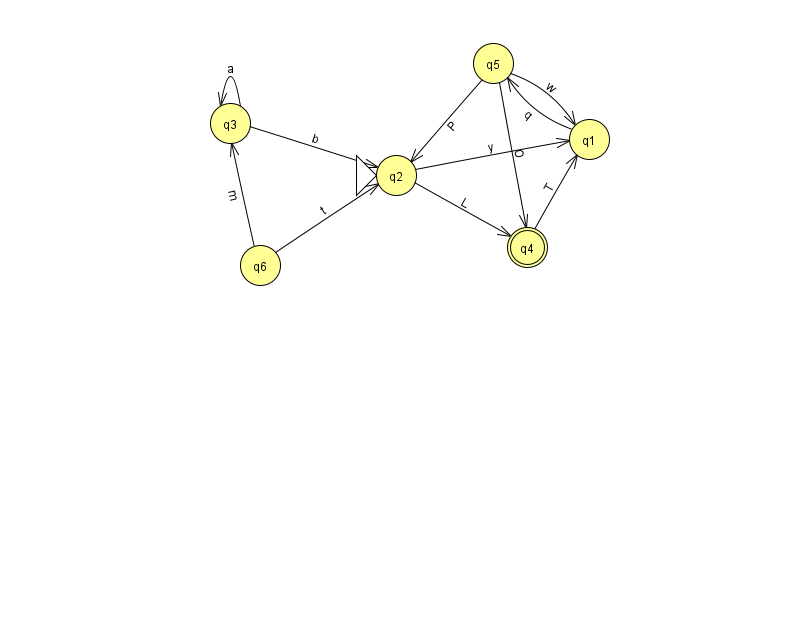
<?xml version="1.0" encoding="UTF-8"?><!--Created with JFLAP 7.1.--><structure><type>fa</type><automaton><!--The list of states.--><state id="1" name="q1"><x>589.0</x><y>126.0</y></state><state id="2" name="q2"><x>396.0</x><y>162.0</y><initial/></state><state id="3" name="q3"><x>230.0</x><y>110.0</y></state><state id="4" name="q4"><x>527.0</x><y>234.0</y><final/></state><state id="5" name="q5"><x>493.0</x><y>50.0</y></state><state id="6" name="q6"><x>260.0</x><y>252.0</y></state><!--The list of transitions.--><transition><from>4</from><to>1</to><read>T</read></transition><transition><from>1</from><to>5</to><read>q</read></transition><transition><from>3</from><to>2</to><read>b</read></transition><transition><from>3</from><to>3</to><read>a</read></transition><transition><from>2</from><to>4</to><read>L</read></transition><transition><from>2</from><to>1</to><read>y</read></transition><transition><from>6</from><to>2</to><read>t</read></transition><transition><from>5</from><to>1</to><read>w</read></transition><transition><from>6</from><to>3</to><read>m</read></transition><transition><from>5</from><to>2</to><read>P</read></transition><transition><from>5</from><to>4</to><read>O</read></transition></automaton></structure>